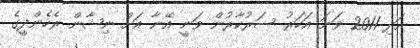
އަދި 2011 ވަނަ އަހަރު ސަރުކާރުން ވަނީ އޭނާ އަށް ނިޝާން ރެހެންދީގެ